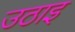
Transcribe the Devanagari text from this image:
उठाइ